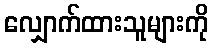
လျှောက်ထားသူများကို